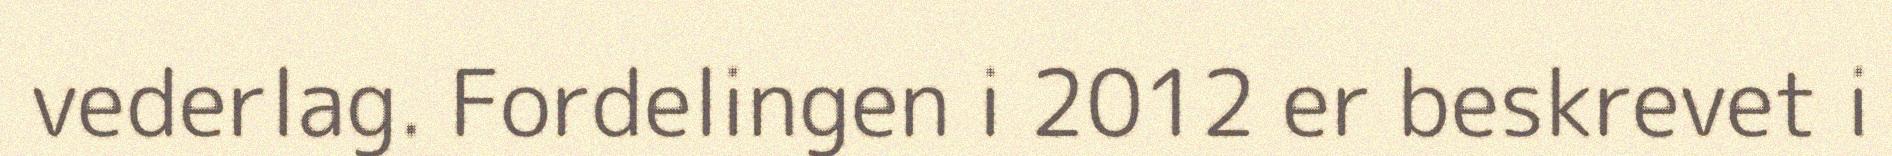
vederlag. Fordelingen i 2012 er beskrevet i